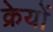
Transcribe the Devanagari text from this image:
क्रेयों